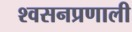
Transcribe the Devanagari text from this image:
श्वसनप्रणाली